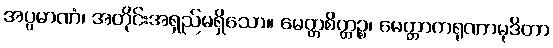
အပ္ပမာဏံ၊ အတိုင်းအရှည်မရှိသော။ မေတ္တစိတ္တဉ္စ၊ မေတ္တာကရုဏာမုဒိတာ